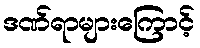
ဒဏ်ရာများကြောင့်